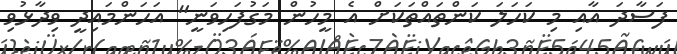
ފަސާދަ އާއި މި ކަހަލަ ކަންތައްތަކަށް އެ މީހުން މަގުފަހިވަނީ" އަހަންމައިދީ ވިދާޅުވި